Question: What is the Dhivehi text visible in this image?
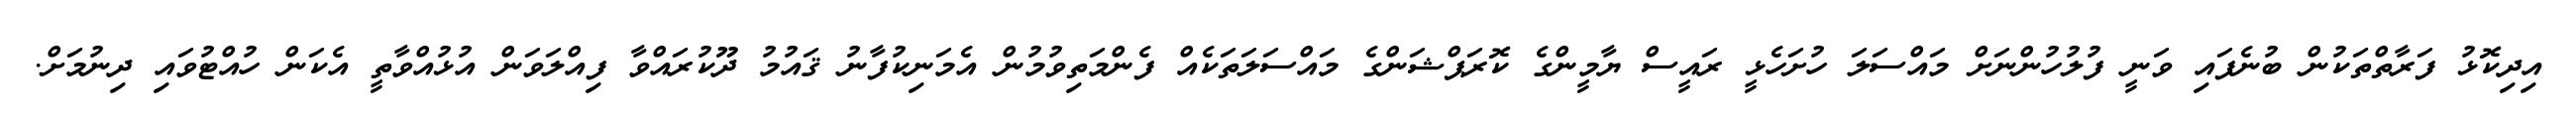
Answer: އިދިކޮޅު ފަރާތްތަކުން ބުނެފައި ވަނީ ފުލުހުންނަށް މައްސަލަ ހުށަހެޅީ ރައީސް ޔާމީންގެ ކޮރަޕްޝަންގެ މައްސަލަތަކެއް ފެންމަތިވުމުން އެމަނިކުފާނު ޤައުމު ދޫކުރައްވާ ފިއްލަވަން އުޅުއްވާތީ އެކަން ހުއްޓުވައި ދިނުމަށް.